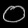
Digit: ၀